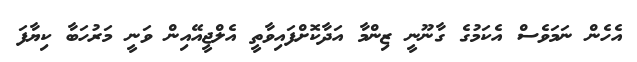
އެހެން ނަމަވެސް އެކަމުގެ ގާނޫނީ ޒިންމާ އަދާކޮށްފައިވާތީ އެލްޖީއޭއިން ވަނީ މަރުހަބާ ކިޔާފަ